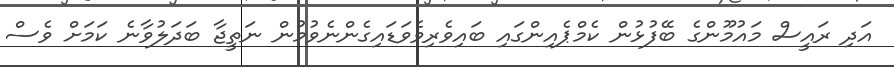
އަދި ރައީސް މައުމޫންގެ ބޭފުޅުން ކެމްޕެއިންގައި ބައިވެރިވެވަޑައިގެންނެވުމުން ނަތީޖާ ބަދަލުވާނެ ކަމަށް ވެސް